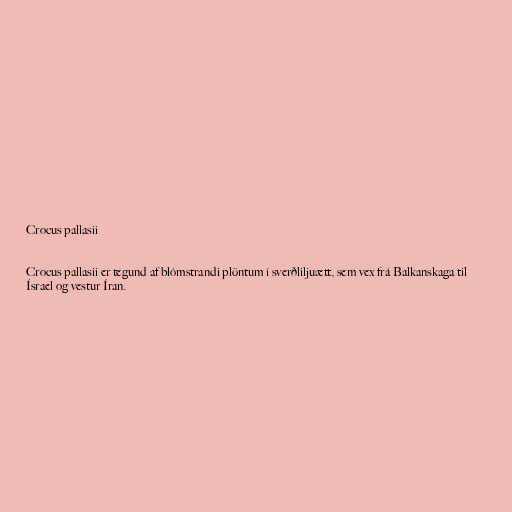
Crocus pallasii

Crocus pallasii er tegund af blómstrandi plöntum í sverðliljuætt, sem vex frá Balkanskaga til
Ísrael og vestur Íran.